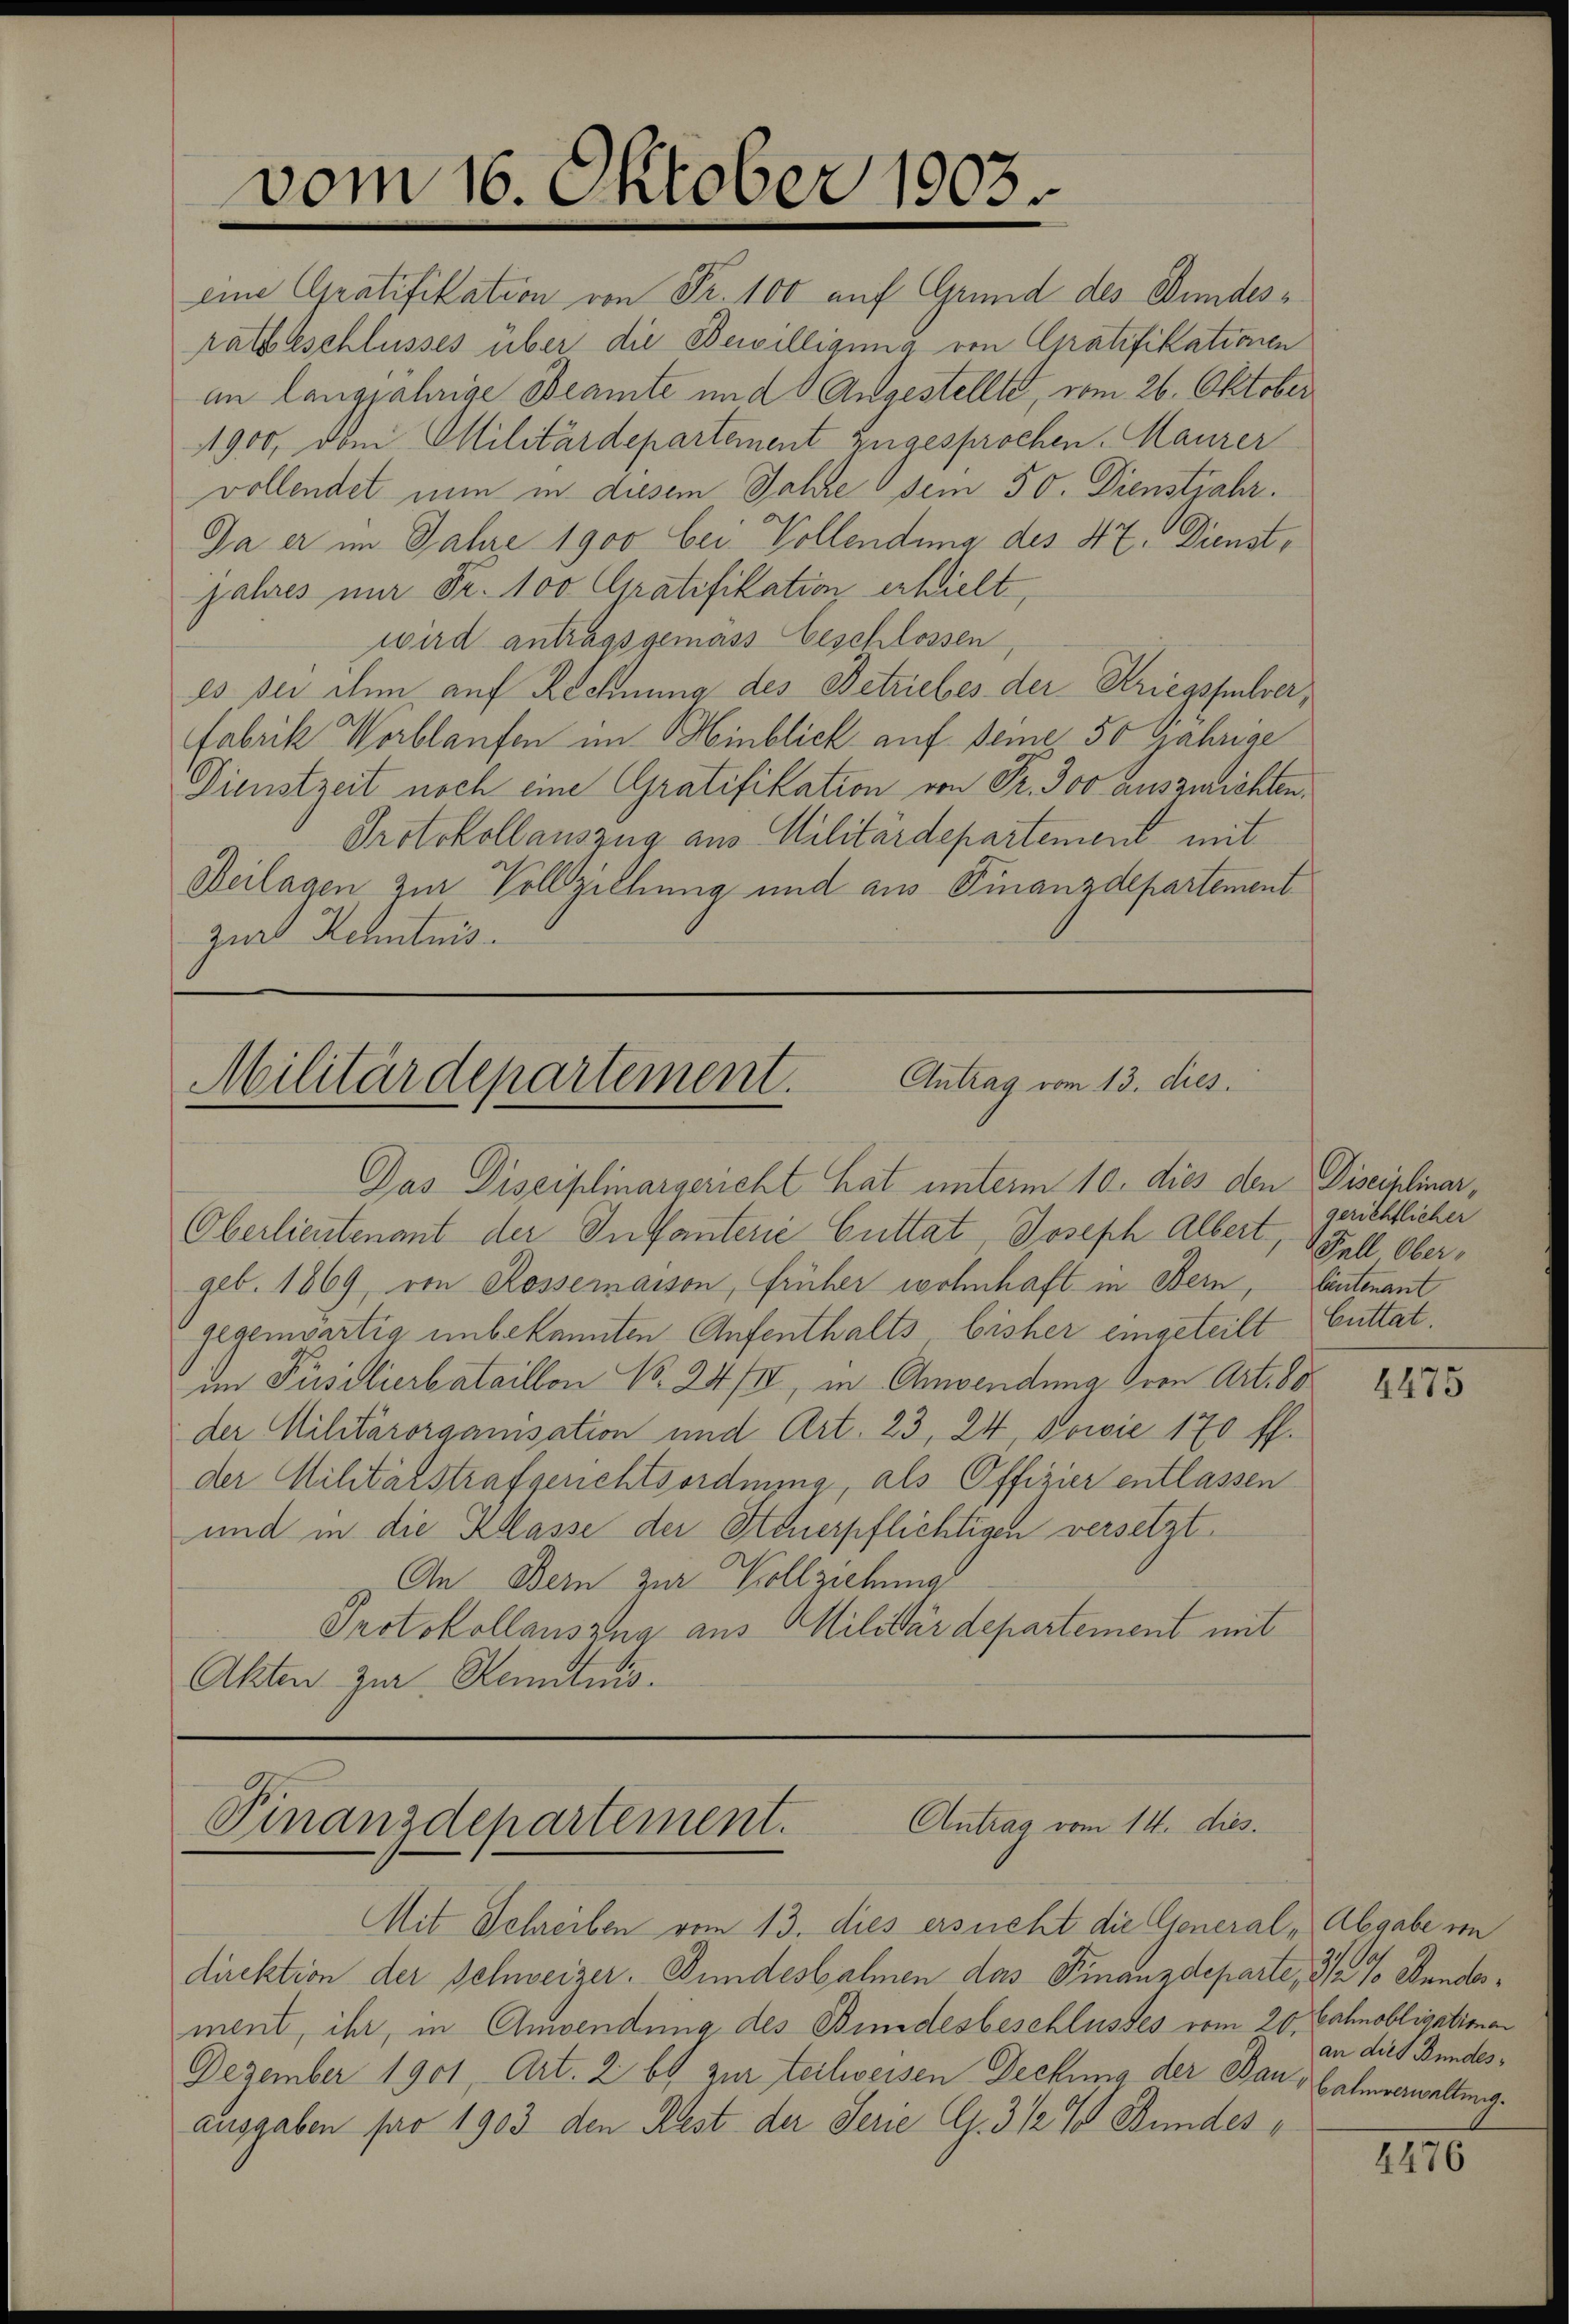
Antrag vom 13. dies
Militärdepartement.

vom 16. Oktober 1903

eine Gratifikation von Fr. 100 auf Grund des Bundesratsbeschlusses über die Bewilligung von Gratifikationen
an langjährige Beamte und Angestellte, vom 26. Oktober
1900, vom Militärdepartement zugesprochen. Maurer
vollendet nun in diesem Jahre sein 50. Dienstjahr.
Da er im Jahre 1900 bei Vollendung des 42. Dienstjahres nur Fr. 100 Gratifikation erhielt,
wird antragsgemäss Geschlossen,
es der den auf Rechnung des Betriebes der Kriegsfulver,
Fabrik Worblaufen im Hinblick auf seine, 50 Jahrige
Dienstzeit noch eine Gratifikation von Fr. 300 auszurichten.
Protokollauszug aus Militärdepartement mit
Heilagen zur Vollziehung und aus Finanzdepartement
zirt Kenntnis.

Mit Schreiben vom 13. dies ersucht die General-Abgabe in
direktion der Schweizer. Bundesbahnen das Finanzdeparte, da % Stundesment, ihr, in Anwendung des Bindesbeschlusses vom 20. Cahnobligatiman
Dezember 1901, Art. 2 bis zur teilweisen Deckung der Bau, Balmverwaltung.
ausgaben pro 1903 den Rest der Serie G. 3 1/2 % Bundes¬

Das Disciplinargericht hat unterm 10. dies den Disciplinar,
Oberlieutenant der Infanterie Guttat, Joseph Albert,
geb. 1869, von Rossemaison, früher wohnhaft in Bern, Eintenant
gegenwärtig unbekannten Aufenthalts bisher eingeteilt Cuttat.
im Püsilierbataillon No. 24 III, in Anwendung von Art. 80
der Militärorganisation und Art. 23, 24, sowie 170 ff.
der Militätstrafgerichtsordnung, als Offizier entlassen
und in die Klasse der Steuerpflichtigen versetzt
An Bern zur Vollziehungs
Protokollauszug aus Militärdepartement mit
Akten zur Kenntnis.

Finanzdepartement. Antrag vom 14. dies

gerichtlicher
 Fall Ober

4475

an dies Bundes¬

110